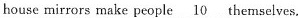
house mirrors make people \underline{10} themselves.